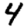
Digit: 4